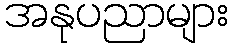
အနုပညာများ